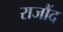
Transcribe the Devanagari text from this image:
राजौंद